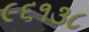
૯૬૧૩૮